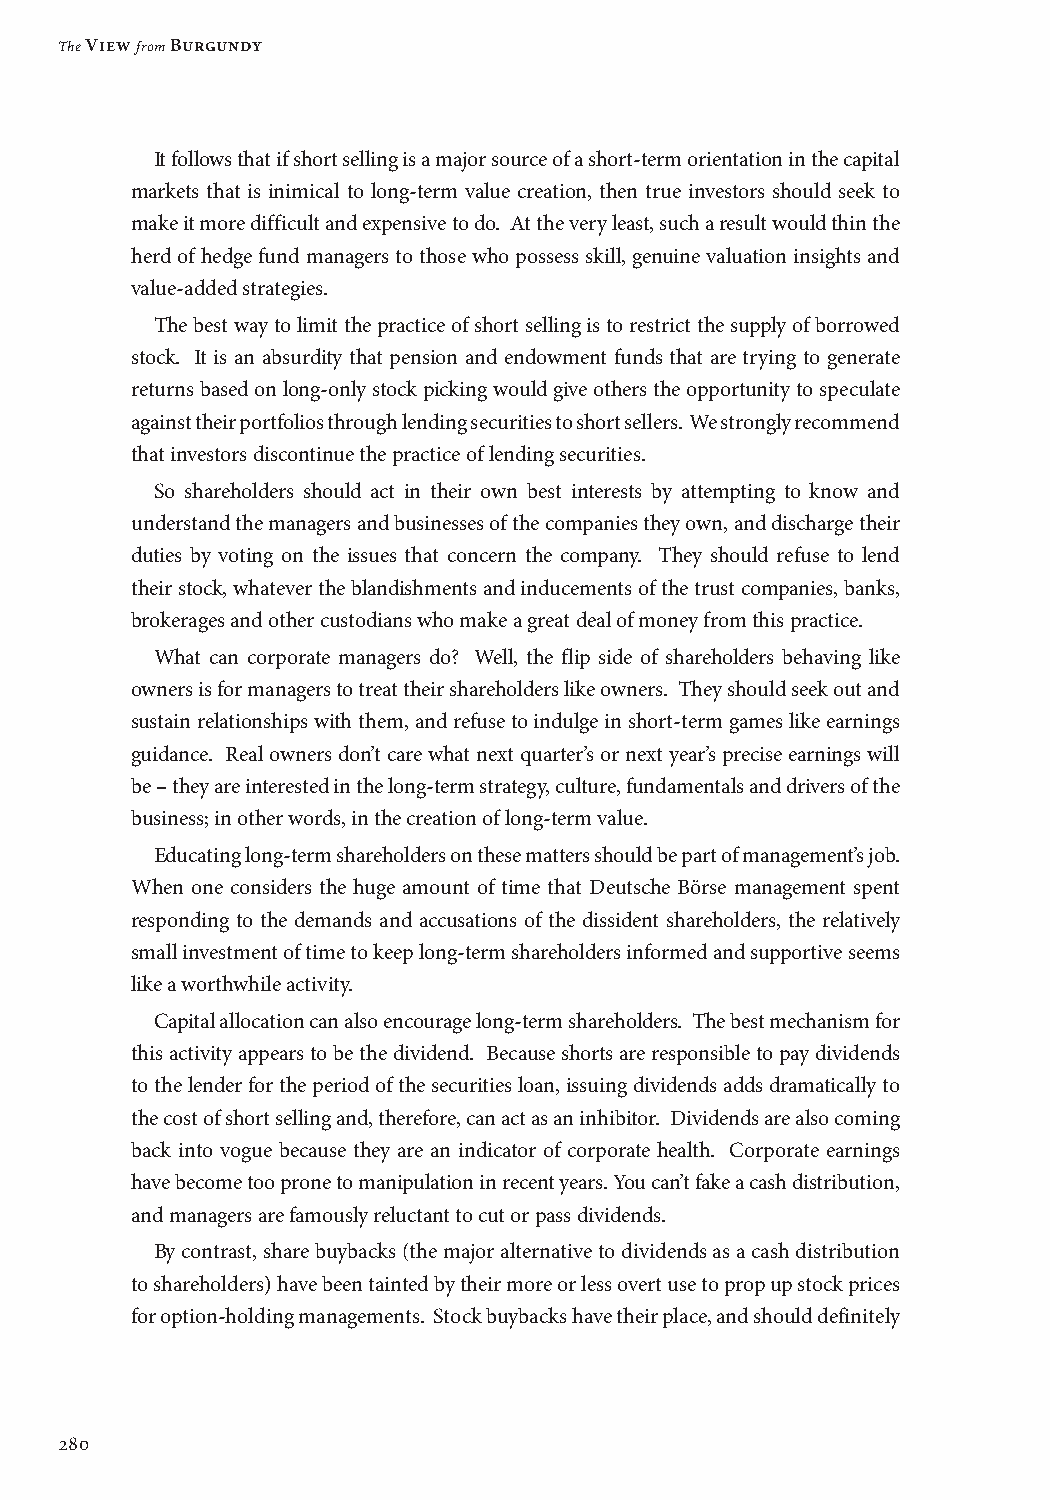
The View from Burgundy
 It follows that if short selling is a major source of a short-term orientation in the capital
 markets that is inimical to long-term value creation, then true investors should seek to
 make it more difficult and expensive to do. At the very least, such a result would thin the
 herd of hedge fund managers to those who possess skill, genuine valuation insights and
 value-added strategies.
 The best way to limit the practice of short selling is to restrict the supply of borrowed
 stock. It is an absurdity that pension and endowment funds that are trying to generate
 returns based on long-only stock picking would give others the opportunity to speculate
 against their portfolios through lending securities to short sellers. We strongly recommend
 that investors discontinue the practice of lending securities.
 So shareholders should act in their own best interests by attempting to know and
 understand the managers and businesses of the companies they own, and discharge their
 duties by voting on the issues that concern the company. They should refuse to lend
 their stock, whatever the blandishments and inducements of the trust companies, banks,
 brokerages and other custodians who make a great deal of money from this practice.
 What can corporate managers do? Well, the flip side of shareholders behaving like
 owners is for managers to treat their shareholders like owners. They should seek out and
 sustain relationships with them, and refuse to indulge in short-term games like earnings
 guidance. Real owners don’t care what next quarter’s or next year’s precise earnings will
 be – they are interested in the long-term strategy, culture, fundamentals and drivers of the
 business; in other words, in the creation of long-term value.
 Educating long-term shareholders on these matters should be part of management’s job.
 When one considers the huge amount of time that Deutsche Börse management spent
 responding to the demands and accusations of the dissident shareholders, the relatively
 small investment of time to keep long-term shareholders informed and supportive seems
 like a worthwhile activity.
 Capital allocation can also encourage long-term shareholders. The best mechanism for
 this activity appears to be the dividend. Because shorts are responsible to pay dividends
 to the lender for the period of the securities loan, issuing dividends adds dramatically to
 the cost of short selling and, therefore, can act as an inhibitor. Dividends are also coming
 back into vogue because they are an indicator of corporate health. Corporate earnings
 have become too prone to manipulation in recent years. You can’t fake a cash distribution,
 and managers are famously reluctant to cut or pass dividends.
 By contrast, share buybacks (the major alternative to dividends as a cash distribution
 to shareholders) have been tainted by their more or less overt use to prop up stock prices
 for option-holding managements. Stock buybacks have their place, and should definitely
 280